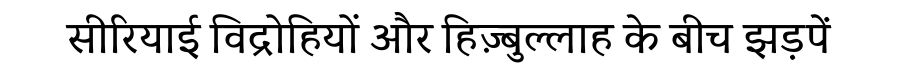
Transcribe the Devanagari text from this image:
सीरियाई विद्रोहियों और हिज़्बुल्लाह के बीच झड़पें